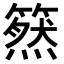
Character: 𥳚